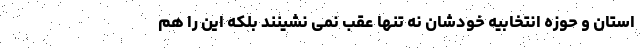
استان و حوزه انتخابیه خودشان نه تنها عقب نمی نشینند بلکه این را هم